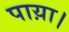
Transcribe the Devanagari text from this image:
पाय़ा।